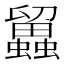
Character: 𧔳